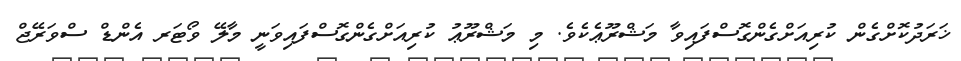
ޚަރަދުކޮށްގެން ކުރިއަށްގެންގޮސްފައިވާ މަޝްރޫޢެކެވެ. މި މަޝްރޫޢު ކުރިއަށްގެންގޮސްފައިވަނީ މާލޭ ވޯޓަރ އެންޑް ސްވަރޭޖް